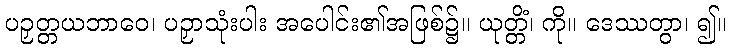
ပဉှတ္တယဘာဝေ၊ ပဉှာသုံးပါး အပေါင်း၏အဖြစ်၌။ ယုတ္တိံ၊ ကို။ ဒေဿတွာ၊ ၍။